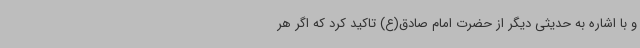
و با اشاره به حدیثی دیگر از حضرت امام صادق(ع) تاکید کرد که اگر هر